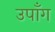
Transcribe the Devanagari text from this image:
उपाँग